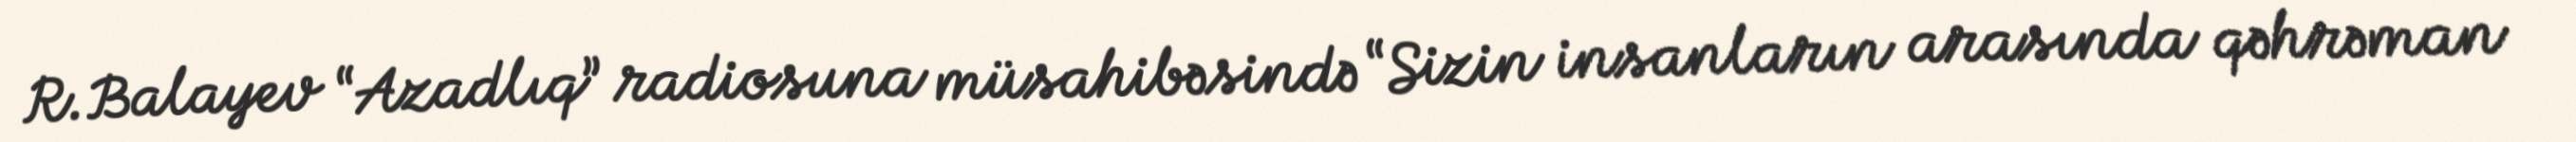
R.Balayev “Azadlıq” radiosuna müsahibəsində “Sizin insanların arasında qəhrəman